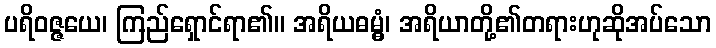
ပရိဝဇ္ဇယေ၊ ကြည်ရှောင်ရာ၏။ အရိယဓမ္မွံ၊ အရိယာတို့၏တရားဟုဆိုအပ်သော